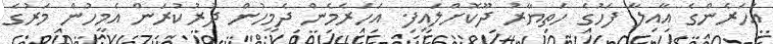
އަހަރެންގެ އާއިލާ ފަހުގެ ހަތިޔާރު ދޫކޮށްލައިފި. އަހަރެމެން ދެމީހުން ދުރުކުރަން އެމީހުން މަރުގެ